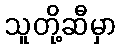
သူတို့ဆီမှာ